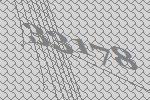
33178